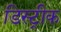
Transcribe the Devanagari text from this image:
डिस्ट्रीक